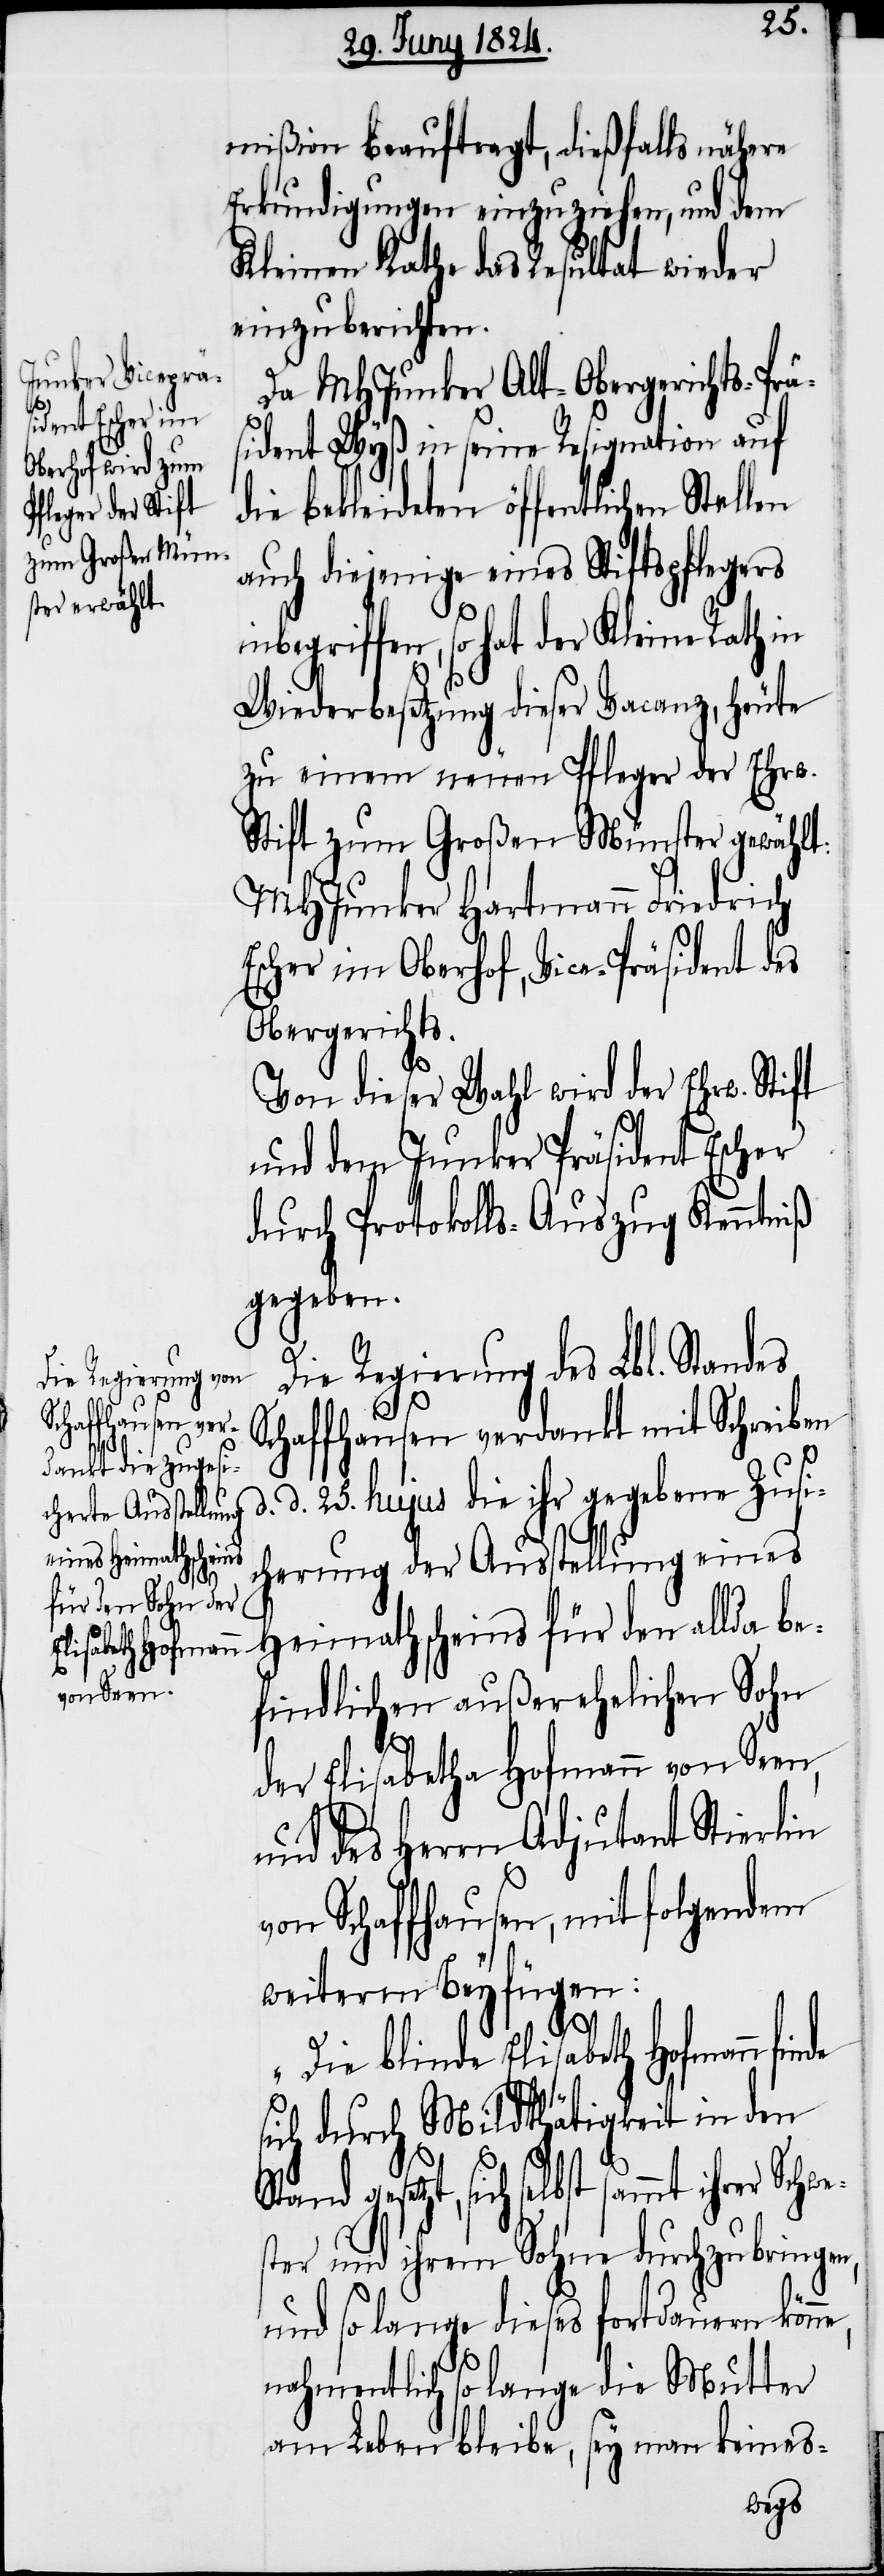
mißion beauftragt, dießfalls nähere
Erkundigungen einzuziehen, und dem
Kleinen Rathe das Resultat wieder
einzubringen.
Da MHJunker Alt-Obergerichts-Prä¬
sident Wyß in seine Resignation auf
die bekleideten öffentlichen Stellen
auch diejenige eines Stiftspflegers
inbegriffen, so hat der Kleine Rath in
Wiederbesetzung dieser Vacanz, heute
zu einem neuen Pfleger der Ehrw.
Stift zum Großen Münster gewählt:
MHJunker Hartmann Friedrich
Escher im Oberhof, Vice-Präsident des
Obergerichts.
Von dieser Wahl wird der Ehrw. Stift
und dem Junker Präsident Escher
durch Protokolls-Auszug Kenntniß
gegeben.
Die Regierung des Lbl. Standes
Schaffhausen verdankt mit Schreiben
d. d. 25. hujus die ihr gegebene Zusi¬
cherung der Ausstellung eines
Heimathscheins für den allda be¬
findlichen außerehelichen Sohn
der Elisabetha Hofmann von Seen,
und des Herrn Adjutant Stierlin
von Schaffhausen, mit folgendem
weiterm Beyfügen:
„Die blinde Elisabeth Hofmann finde
sich durch Mildthätigkeit in den
etzt, sich selbst sammt ihrer Sch¬
ster und ihrem Sohne durchzubringen,
und so lange dieses fortdauern könn¬
e,
nahmentlich so lange die Mutter
am Leben bleibe, sey man keines-
we¬